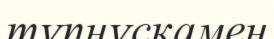
түпнұсқамен